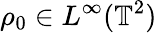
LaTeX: \rho_{0}\in L^{\infty}(\mathbb{T}^{2})